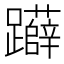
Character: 𨇨